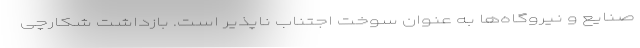
صنایع و نیروگاه‌ها به عنوان سوخت اجتناب ناپذیر است. بازداشت شکارچی